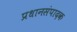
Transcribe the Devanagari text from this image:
प्रधानसंपादक